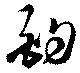
酌